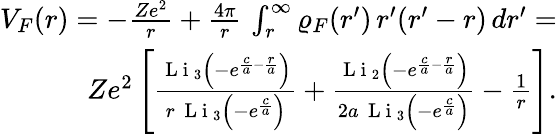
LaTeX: \begin{array}{r}{V_{F}(r)=-\frac{Ze^{2}}{r}+\frac{4\pi}{r}\, \int_{r}^{\infty}\varrho_{F}(r^{\prime})\, r^{\prime}(r^{\prime}-r)\, dr^{\prime}=}\\ {Ze^{2}\left[\frac{\mathrm{~L~i~}_{3}\left(-e^{\frac{c}{a}-\frac{r}{a}}\right)}{r\, \mathrm{~L~i~}_{3}\left(-e^{\frac{c}{a}}\right)}+\frac{\mathrm{~L~i~}_{2}\left(-e^{\frac{c}{a}-\frac{r}{a}}\right)}{2a\, \mathrm{~L~i~}_{3}\left(-e^{\frac{c}{a}}\right)}-\frac{1}{r}\right].}\end{array}